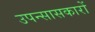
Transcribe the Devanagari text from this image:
उपन्सासकारों